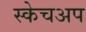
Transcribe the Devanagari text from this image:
स्केचअप